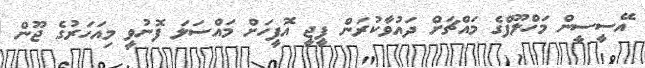
އޭސީސީން މަހްލޫފްގެ މައްޗަށް ދައުވާކުރަން ޕީޖީ އޮފީހަށް މައްސަލަ ފޮނުވީ މިއަހަރުގެ ޖޫން